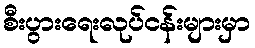
စီးပွားရေးလုပ်ငန်းများမှာ